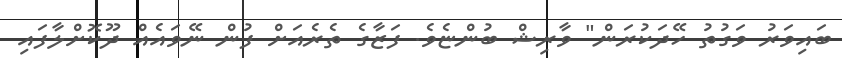
ބައިވަރު ވަގުތު ހޭދަކުރަން" ވާރިޝް ބުންޏެވެ. ފަޒާގެ ތެރެއަށް ފުން ނޭވައެއް ދޫކޮށްލާފައި